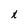
Character: t